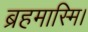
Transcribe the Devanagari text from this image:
ब्रहमास्मि।